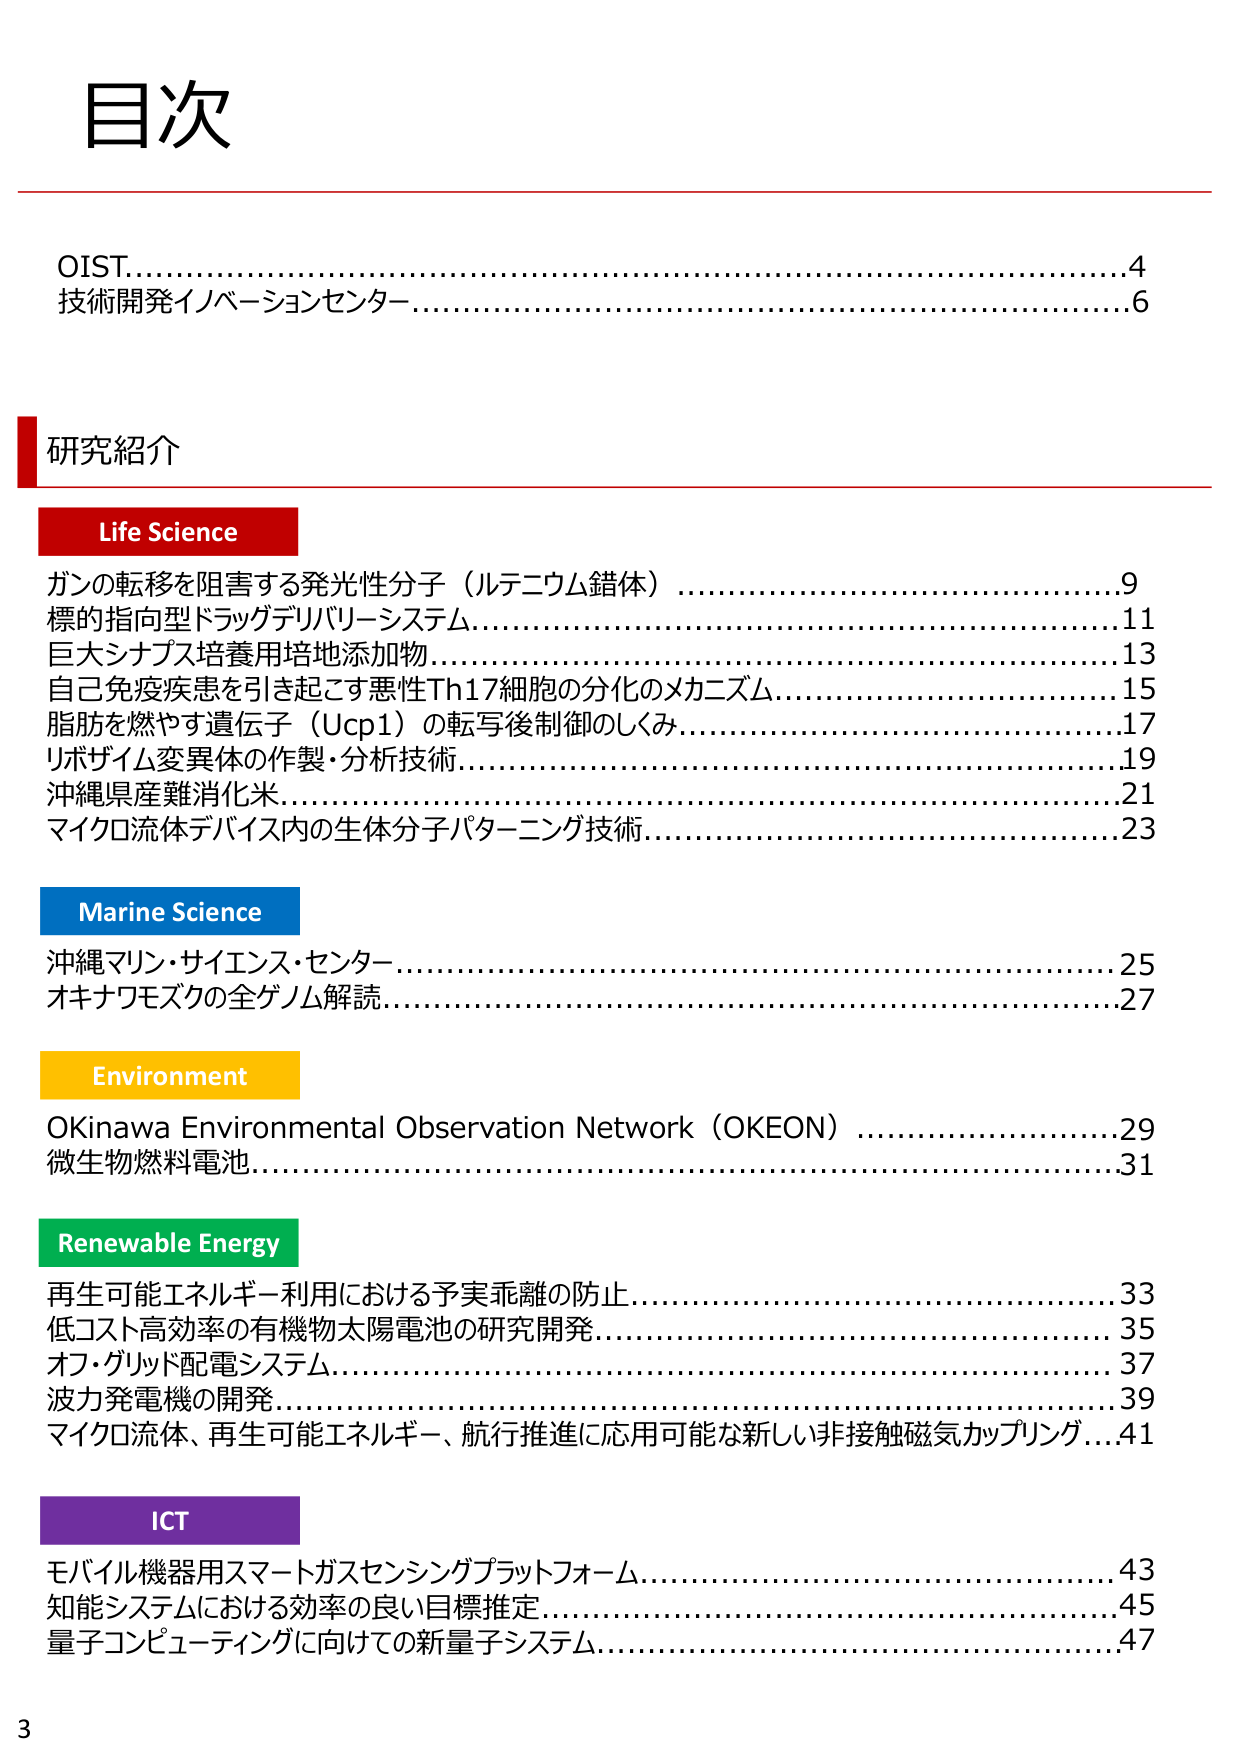
目次

OIST………………………………………………………………………………4
技術開発イノベーションセンター………………………………………………6

研究紹介

Life Science
ガンの転移を阻害する発光性分子（ルテニウム錯体）……………………9
標的指向型ドラッグデリバリーシステム……………………………………11
巨大シナプス培養用培地添加物………………………………………………13
自己免疫疾患を引き起こす悪性Th17細胞の分化のメカニズム………………15
脂肪を燃やす遺伝子（Ucp1）の転写後制御のしくみ………………………17
リボザイム変異体の作製・分析技術…………………………………………19
沖縄県産難消化米………………………………………………………………21
マイクロ流体デバイス内の生体分子パターニング技術……………………23

Marine Science
沖縄マリン・サイエンス・センター…………………………………………25
オキナワモズクの全ゲノム解読………………………………………………27

Environment
OKinawa Environmental Observation Network（OKEON）…………………29
微生物燃料電池…………………………………………………………………31

Renewable Energy
再生可能エネルギー利用における予実乖離の防止…………………………33
低コスト高効率の有機物太陽電池の研究開発………………………………35
オフ・グリッド配電システム…………………………………………………37
波力発電機の開発………………………………………………………………39
マイクロ流体、再生可能エネルギー、航行推進に応用可能な新しい非接触磁気カップリング…41

ICT
モバイル機器用スマートガスセンシングプラットフォーム…………………43
知能システムにおける効率の良い目標推定…………………………………45
量子コンピューティングに向けての新量子システム…………………………47

3